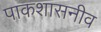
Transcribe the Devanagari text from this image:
पाकशासनीव